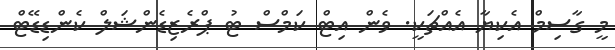
މީ ގާސިމް އެކިޔާ އެއްޗަކީ. ވެން އިޓް ކަމްސް ޓު ޕްރެޒިޑެންޝަލް ކެންޑިޑޭޓް